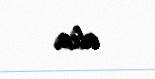
alın.